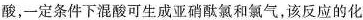
酸，一定条件下混酸可生成亚硝酰氯和氯气，该反应的化